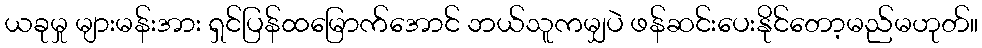
ယခုမှု များမန်းအား ရှင်ပြန်ထမြောက်အောင် ဘယ်သူကမျှပဲ ဖန်ဆင်းပေးနိုင်တော့မည်မဟုတ်။